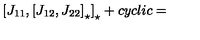
\left[ J _ { 1 1 } , \left[ J _ { 1 2 } , J _ { 2 2 } \right] _ { \star } \right] _ { \star } + c y c l i c =